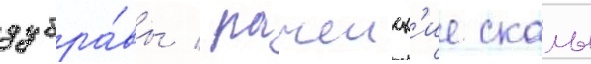
дубра́вы / рачеиск'ие скалы